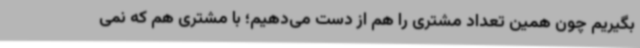
بگیریم چون همین تعداد مشتری را هم از دست می‌دهیم؛ با مشتری هم که نمی